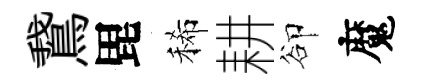
鵞毘稀耕卻魔